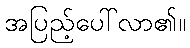
အပြည့်ပေါ်လာ၏။